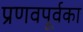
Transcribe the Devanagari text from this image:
प्रणवपूर्वका